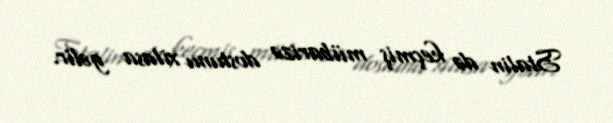
Stalin də keçmiş mübarizə dostunu xilasa gəlir.